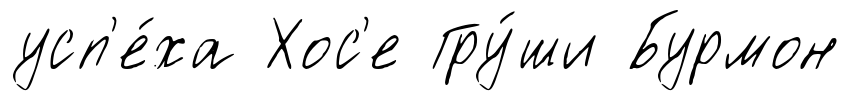
усп'е́ха Хос'е Гру́ши Бурмон